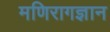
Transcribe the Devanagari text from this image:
मणिरागज्ञान